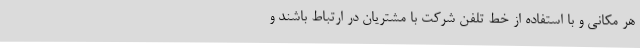
هر مکانی و با استفاده از خط تلفن شرکت با مشتریان در ارتباط باشند و